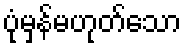
ပုံမှန်မဟုတ်သော